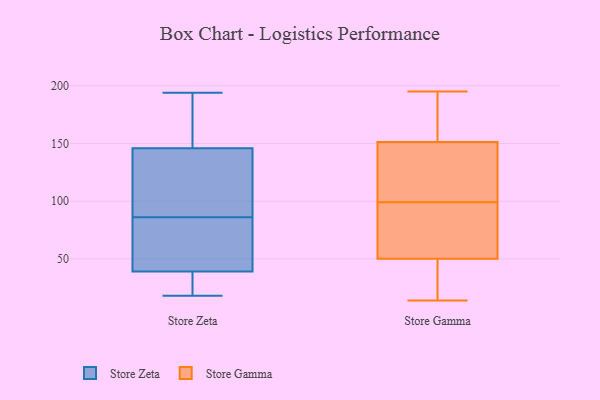
{"axis": {"x": "Latency (ms)", "y": "Value"}, "legend": ["Store Gamma", "Store Zeta"], "data": [{"x": "", "y": 169, "type": "Store Zeta"}, {"x": "", "y": 137, "type": "Store Zeta"}, {"x": "", "y": 173, "type": "Store Zeta"}, {"x": "", "y": 194, "type": "Store Zeta"}, {"x": "", "y": 189, "type": "Store Zeta"}, {"x": "", "y": 92, "type": "Store Zeta"}, {"x": "", "y": 35, "type": "Store Zeta"}, {"x": "", "y": 86, "type": "Store Zeta"}, {"x": "", "y": 66, "type": "Store Zeta"}, {"x": "", "y": 26, "type": "Store Zeta"}, {"x": "", "y": 18, "type": "Store Zeta"}, {"x": "", "y": 31, "type": "Store Zeta"}, {"x": "", "y": 43, "type": "Store Zeta"}, {"x": "", "y": 26, "type": "Store Zeta"}, {"x": "", "y": 59, "type": "Store Zeta"}, {"x": "", "y": 86, "type": "Store Zeta"}, {"x": "", "y": 139, "type": "Store Zeta"}, {"x": "", "y": 48, "type": "Store Zeta"}, {"x": "", "y": 124, "type": "Store Zeta"}, {"x": "", "y": 153, "type": "Store Zeta"}, {"x": "", "y": 120, "type": "Store Gamma"}, {"x": "", "y": 65, "type": "Store Gamma"}, {"x": "", "y": 77, "type": "Store Gamma"}, {"x": "", "y": 184, "type": "Store Gamma"}, {"x": "", "y": 143, "type": "Store Gamma"}, {"x": "", "y": 30, "type": "Store Gamma"}, {"x": "", "y": 142, "type": "Store Gamma"}, {"x": "", "y": 14, "type": "Store Gamma"}, {"x": "", "y": 85, "type": "Store Gamma"}, {"x": "", "y": 99, "type": "Store Gamma"}, {"x": "", "y": 22, "type": "Store Gamma"}, {"x": "", "y": 195, "type": "Store Gamma"}, {"x": "", "y": 167, "type": "Store Gamma"}, {"x": "", "y": 154, "type": "Store Gamma"}, {"x": "", "y": 45, "type": "Store Gamma"}]}